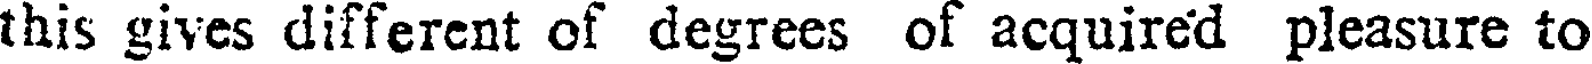
this gives different of degrees of acquired pleasure to